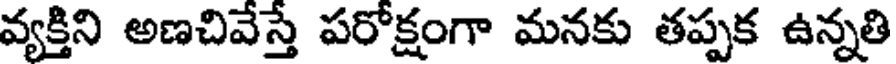
వ్యక్తిని అణచివేస్తే పరోక్షంగా మనకు తప్పక ఉన్నతి